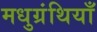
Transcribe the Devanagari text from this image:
मधुग्रंथियाँ